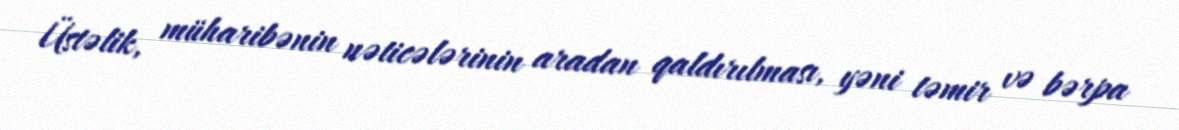
Üstəlik, müharibənin nəticələrinin aradan qaldırılması, yəni təmir və bərpa